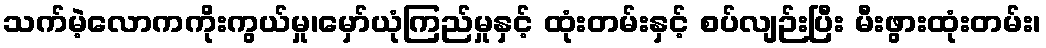
သက်မဲ့လောကကိုးကွယ်မှု၊မှော်ယုံကြည်မှုနှင့် ထုံးတမ်းနှင့် စပ်လျဉ်းပြီး မီးဖွားထုံးတမ်း၊